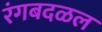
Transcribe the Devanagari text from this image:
रंगबदळल